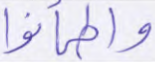
واطمأنوا